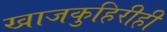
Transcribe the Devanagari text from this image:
खाजकुहिरीही